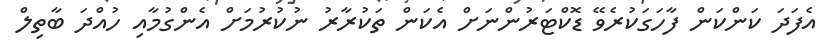
އެފަދަ ކަންކަން ފާހަގަކުރެވޭ ޑޮކްޓަރުންނަށް އެކަން ތަކުރާރު ނުކުރުމަށް އެންގުމާއި ހުއްދަ ބާތިލް